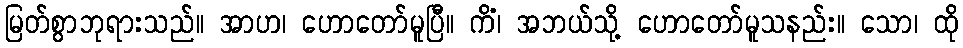
မြတ်စွာဘုရားသည်။ အာဟ၊ ဟောတော်မူပြီ။ ကိံ၊ အဘယ်သို့ ဟောတော်မူသနည်း။ သော၊ ထို